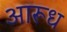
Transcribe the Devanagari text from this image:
आरूध